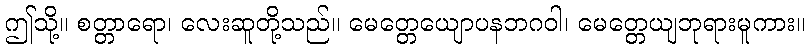
ဤသို့။ စတ္တာရော၊ လေးဆူတို့သည်။ မေတ္တေယျောပနဘဂဝါ၊ မေတ္တေယျဘုရားမူကား။